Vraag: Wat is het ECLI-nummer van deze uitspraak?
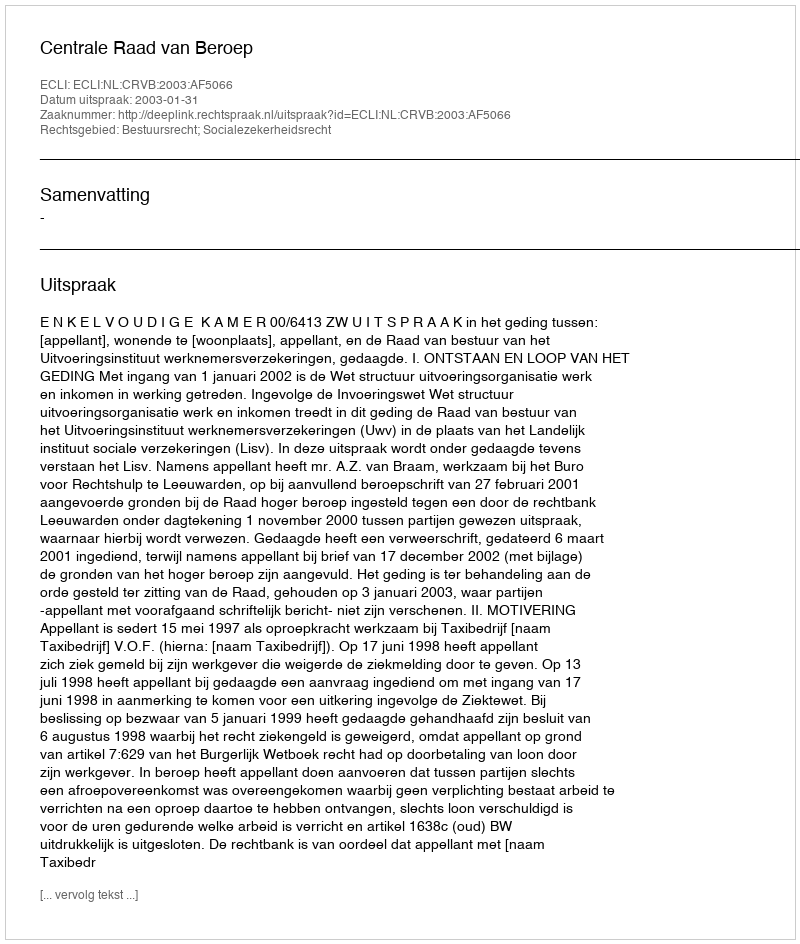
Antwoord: ECLI:NL:CRVB:2003:AF5066